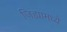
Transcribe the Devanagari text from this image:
जिह्यामध्ये